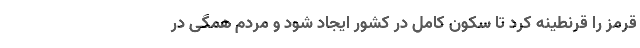
قرمز را قرنطینه کرد تا سکون کامل در کشور ایجاد شود و مردم همگی در